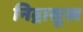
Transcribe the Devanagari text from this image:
निद्रासुख